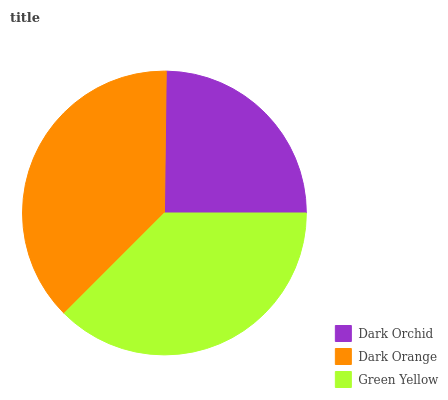
| Dark Orchid | Dark Orange | Green Yellow |
 | --- | --- | --- |
 | 24.8% | 37.7% | 37.5% |